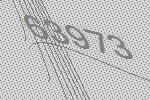
63973